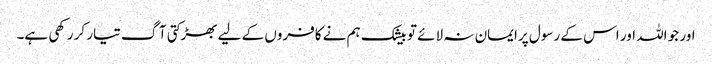
اور جو اللہ اور اس کے رسول پرایمان نہ لائے تو بیشک ہم نے کافروں کے لیے بھڑکتی آگ تیار کر رکھی ہے۔